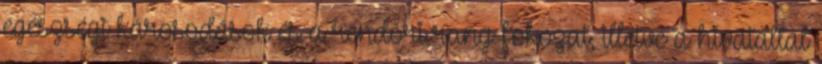
egészségi károsodások és a rendõri rang-fokozat, illetve a hivatallal